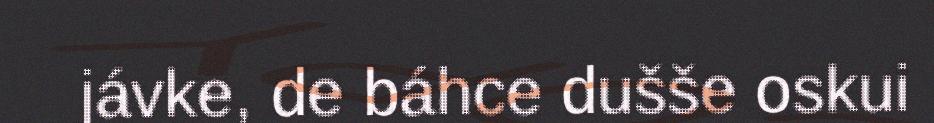
jávke, de báhce dušše oskui